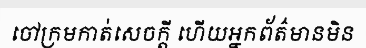
ចៅក្រមកាត់សេចក្តី ហើយអ្នកព័ត៌មានមិន